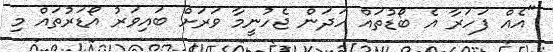
"އެއް ފަހަރާ އެ ބޯޑުތައް ހަދަން ޖެހުނީމާ ވަރަށް ބައިވަރު އޯޑަރުތައް މި